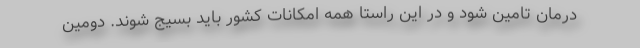
درمان تامین شود و در این راستا همه امکانات کشور باید بسیج شوند. دومین